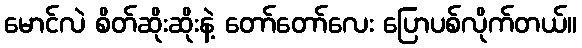
မောင်လဲ စိတ်ဆိုးဆိုးနဲ့ တော်တော်လေး ပြောပစ်လိုက်တယ်။